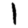
Digit: 1